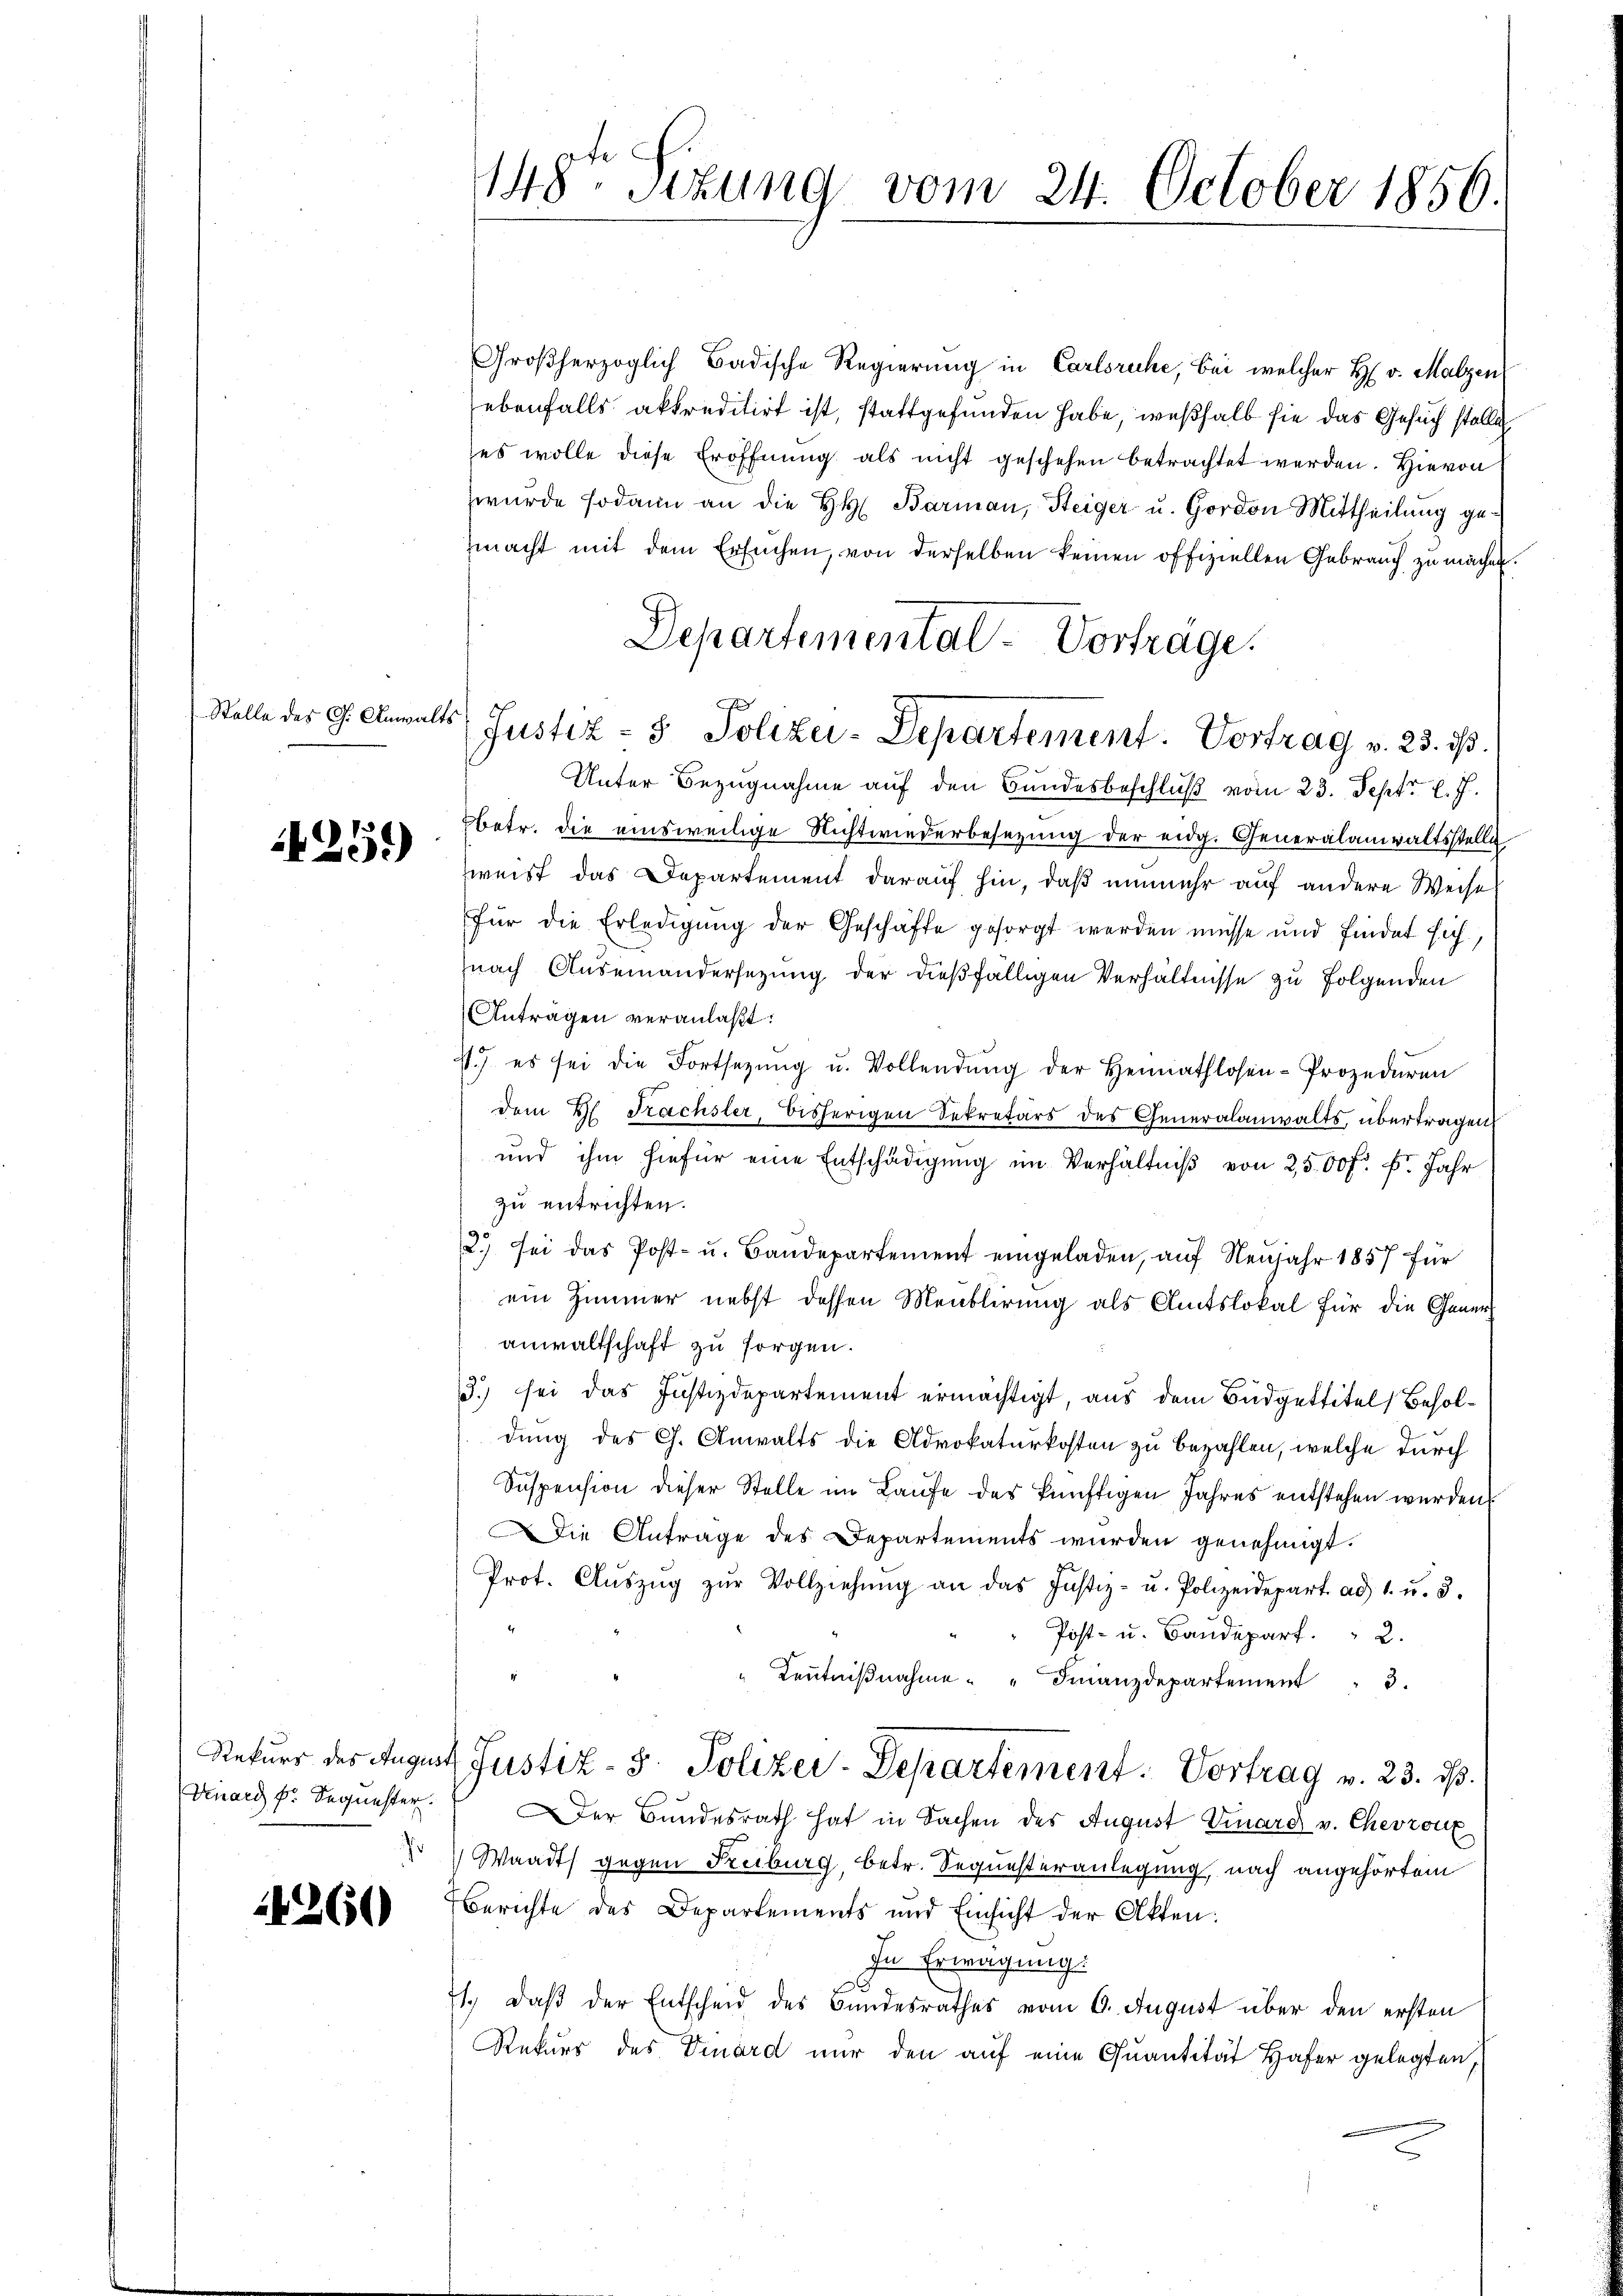
Stelle des G. Anwalts

1251)

4260

148te Sizung vom 24. October 1856.

Großherzoglich Badische Regierung in Carlsruhe, bei welcher H. v. Malzen
ebenfalls akkreditirt ist, stattgefunden habe, weßhalb sie das Gesuch stelle
es wolle diese Eröffnung als nicht geschehen betrachtet werden. Hievon
zwurde sodann an die HH. Barmann, Steiger u. Gordon Mittheilung gemacht mit dem Ersuchen, von derselben keinen offiziellen Gebrauch zu machen.
Justiz- & Polizei-Departement. Vortrag v. 23. ds.
Unter Bezugnahme auf den Bundesbeschluß vom 23. Sept. l. J.
betr. die einsweilige Nichtwiederbesezung der eidg. Generalanwaltsstelle
zweist das Departement darauf hin, daß unmehr auf andere Weise
für die Erledigung der Geschäfte gesorgt werden müsse und findet sich,
nach Auseinandersetzung der dießfälligen Verhältnisse zu folgenden
Antragen veranlaßt:
11.) es sei die Fortsetzŭng u. Vollendŭng der Heimathlosen-Prozeduren
dem H. Trachsler, bisherigen Sekretärs des Generalanwalts, übertragen,
und ihm hiefür eine Entschädigung im Verhältniß von 2500 fr. f. Jahr
zu entrichten.
2.) sei das Post- u. Baŭdepartement eingeladen, aŭf Neŭjahr 1857 für
ein Zimmer nebst dessen Meublirung als Amtslokal für die Gener
anwaltschaft zu sorgen.
3.) sei das Justizdepartement ermächtigt, aus dem Büdgettitel Beholdung des C. Anwalts die Advokaturkosten zu bezahlen, welche durch
Suspension dieser Stelle im Laufe des künftigen Jahres entstehen werden
Die Antrage des Departements wurden genehmigt.
Prot. Aŭszŭg zŭr Vollziehŭng an das Justiz- u. Polizeidepart ad 1. u. 3.
Post- u. Baudepart. 2.
" Keṅtniβnahme " " Finanzdepartement 3.
Rekurs des August Justiz- & Polizei-Departement. Vortrag v. 23. ds.
duard Hr. Sequester.  Der Bundesrath hat in Sachen des August Ward v. Chevron
 Waadt gegen Freiburg, betr. Sequesteranlegung nach angehörtem
Berichte des Departements und Einsicht der Akten:
In Erwägung:
1., daß der Entscheid des Bundesrathes vom 6. August über den ersten
Rekurs des Venard nur den auf eine Quantität Hafer gelegten,

Departemental-Vorträge.